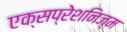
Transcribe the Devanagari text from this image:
एक्सप्रेशनिज्म